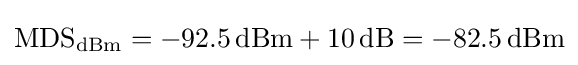
{\textstyle {\text{MDS}}_{\textrm {dBm}}=-92.5\,{\text{dBm}}+10\,{\text{dB}}=-82.5\,{\text{dBm}}}